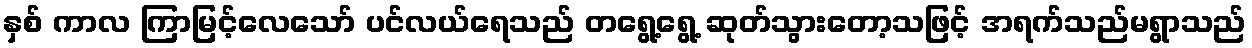
နှစ် ကာလ ကြာမြင့်လေသော် ပင်လယ်ရေသည် တရွေ့ရွေ့ ဆုတ်သွားတော့သဖြင့် အရက်သည်မရွာသည်